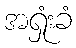
အရှုံးခံ